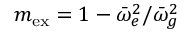
m _ { \mathrm { e x } } = 1 - \bar { \omega } _ { e } ^ { 2 } / \bar { \omega } _ { g } ^ { 2 }